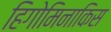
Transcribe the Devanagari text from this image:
हिगोमिनाकिस